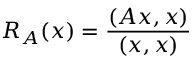
R _ { A } ( x ) = { \frac { ( A x , x ) } { ( x , x ) } }